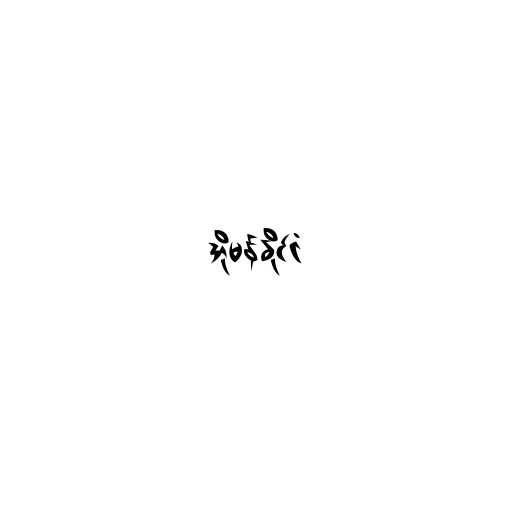
အိုမန်နိုင်ငံ